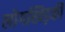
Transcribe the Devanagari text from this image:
लोगखिड़की